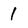
Character: 1